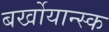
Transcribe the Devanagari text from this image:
बर्खोयान्स्क